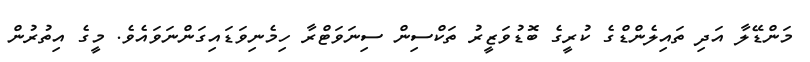
މަންޑޭލާ އަދި ތައިލެންޑްގެ ކުރީގެ ބޮޑުވަޒީރު ތަކްސިން ސިނަވަޓްރާ ހިމެނިވަޑައިގަންނަވައެވެ. މީގެ އިތުރުން